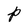
Character: p